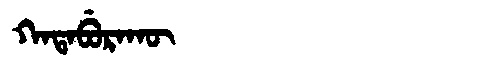
Manchu: ᡴᠠᡨᠠᠪᡠᡵᠠᡴᡡ
Romanization: KATABURAKŪ